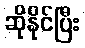
ဆိုနိုင်ပြီး